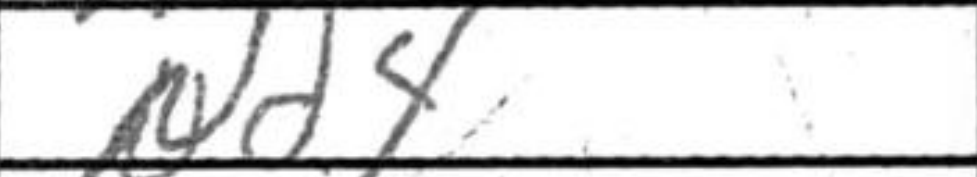
Transcription: Nd4